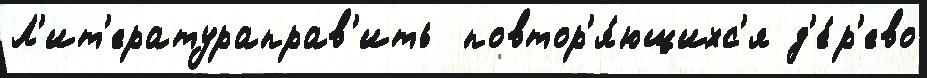
Л'ит'ератураправ'ить  повтор'я́ющихс'я д'е́р'ево